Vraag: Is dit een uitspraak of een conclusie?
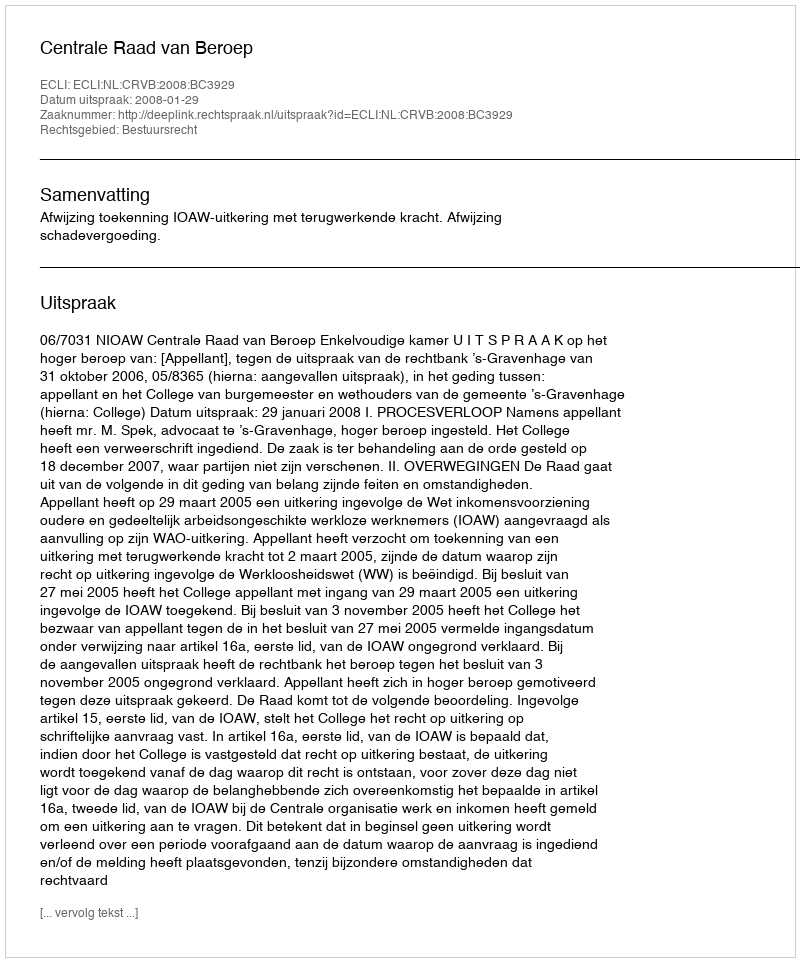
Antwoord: Uitspraak